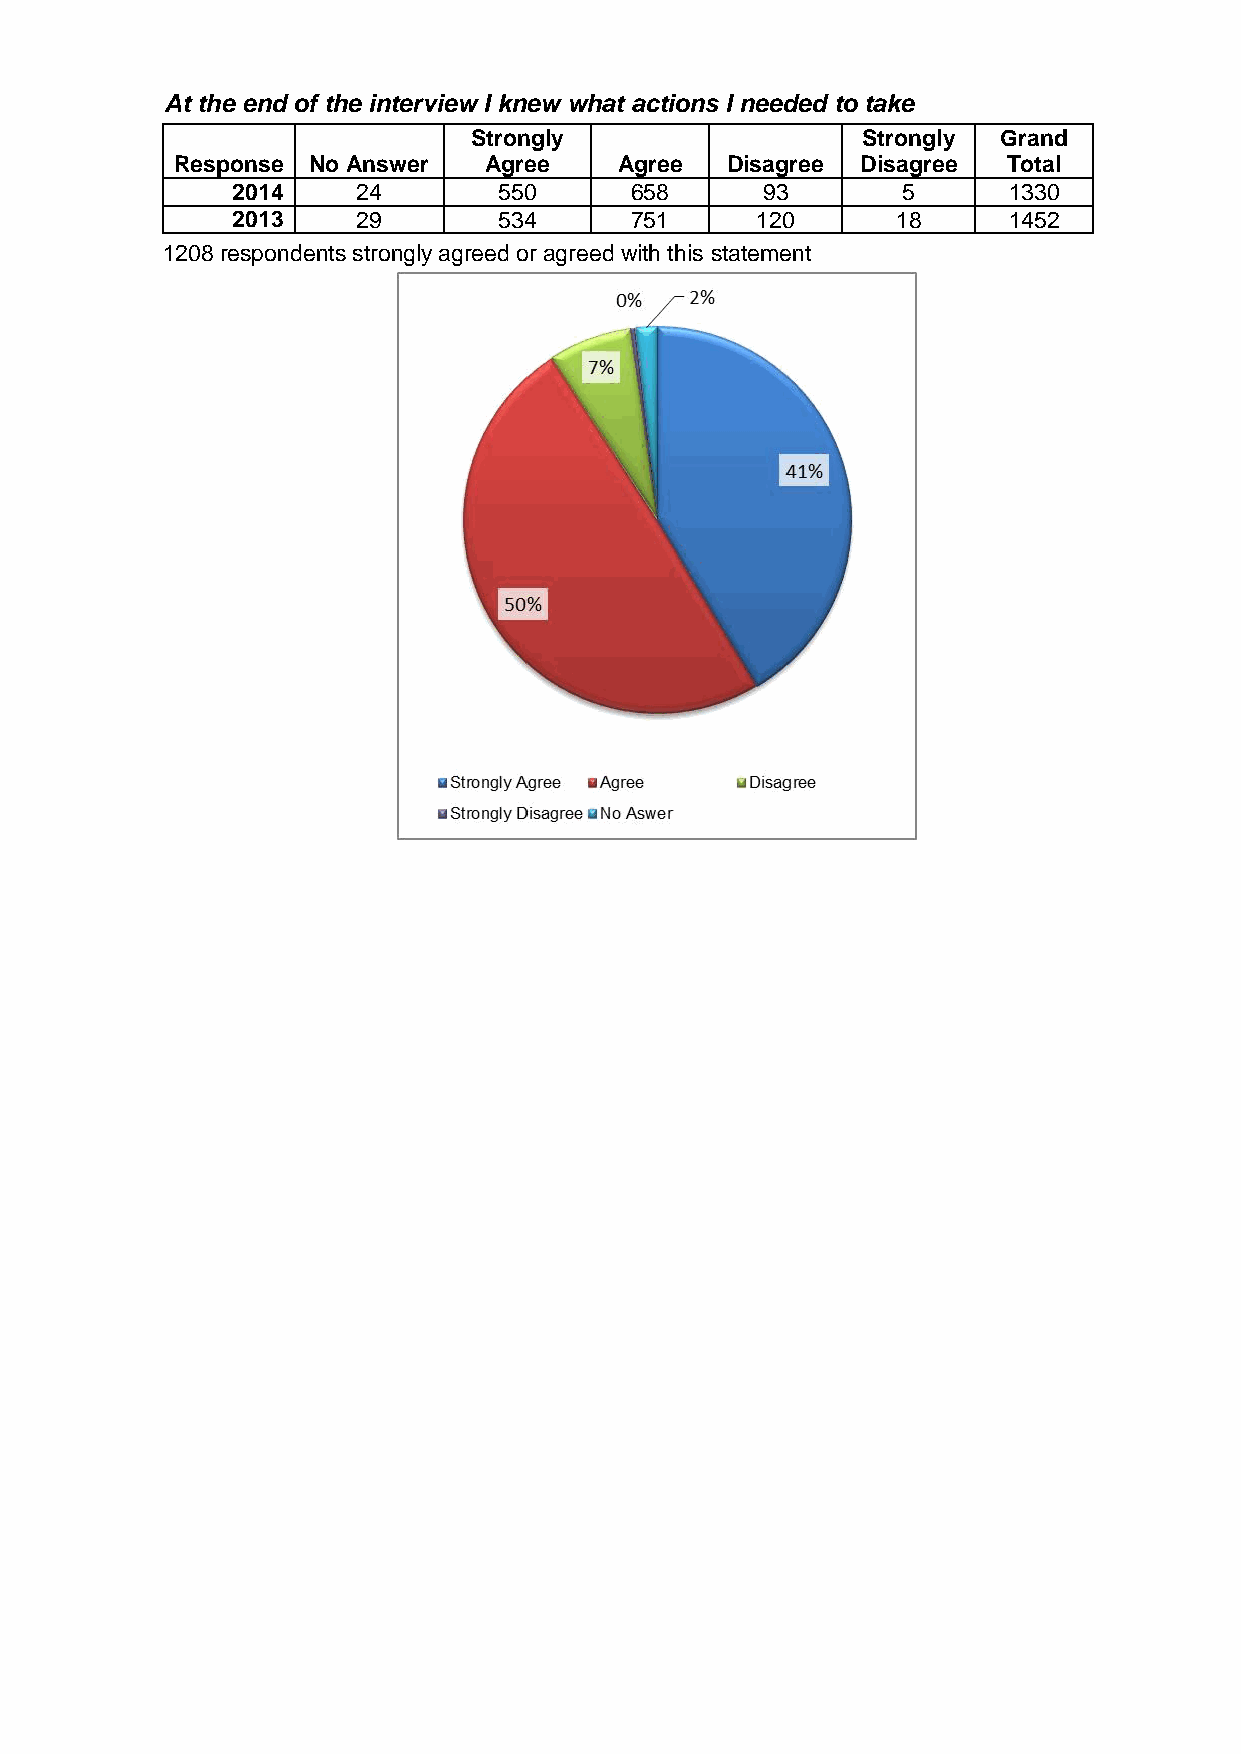
At the end of the interview I knew what actions I needed to take
 Strongly                  Strongly Grand
 Response No Answer  Agree    Agree  Disagree Disagree  Total
 2014     24       550      658     93        5      1330
 2013     29       534      751     120      18      1452
 1208 respondents strongly agreed or agreed with this statement